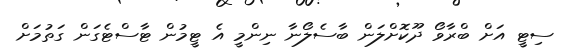
ސިޓީ އަށް ބްރާވޯ ދޫކޮށްލަން ބާސެލޯނާ ނިންމީ އެ ޓީމުން ޓާސްޓެގަން ގަތުމަށް